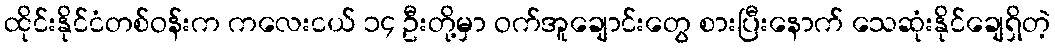
ထိုင်းနိုင်ငံတစ်ဝန်းက ကလေးငယ် ၁၄ ဦးတို့မှာ ဝက်အူချောင်းတွေ စားပြီးနောက် သေဆုံးနိုင်ချေရှိတဲ့